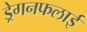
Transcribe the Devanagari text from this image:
ड्रेगनफलाई